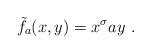
LaTeX: \begin{align*} \tilde{f}_a(x,y)=x^\sigma ay\ . \end{align*}